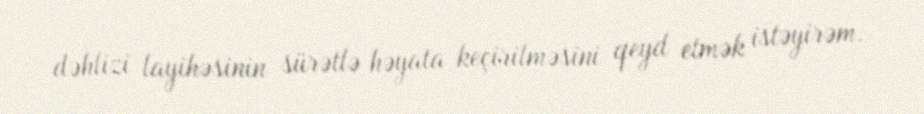
dəhlizi layihəsinin sürətlə həyata keçirilməsini qeyd etmək istəyirəm.